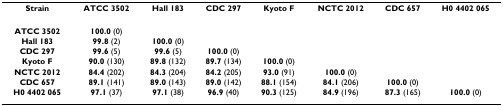
<table><thead><tr><td><b>Strain</b></td><td><b>ATCC 3502</b></td><td><b>Hall 183</b></td><td><b>CDC 297</b></td><td><b>Kyoto F</b></td><td><b>NCTC 2012</b></td><td><b>CDC 657</b></td><td><b>H0 4402 065</b></td></tr></thead><tbody><tr><td><b>ATCC 3502</b></td><td><b>100.0 </b>(0)</td><td></td><td></td><td></td><td></td><td></td><td></td></tr><tr><td><b>Hall 183</b></td><td><b>99.8 </b>(2)</td><td><b>100.0 </b>(0)</td><td></td><td></td><td></td><td></td><td></td></tr><tr><td><b>CDC 297</b></td><td><b>99.6 </b>(5)</td><td><b>99.6 </b>(5)</td><td><b>100.0 </b>(0)</td><td></td><td></td><td></td><td></td></tr><tr><td><b>Kyoto F</b></td><td><b>90.0 </b>(130)</td><td><b>89.8 </b>(132)</td><td><b>89.7 </b>(134)</td><td><b>100.0 </b>(0)</td><td></td><td></td><td></td></tr><tr><td><b>NCTC 2012</b></td><td><b>84.4 </b>(202)</td><td><b>84.3 </b>(204)</td><td><b>84.2 </b>(205)</td><td><b>93.0 </b>(91)</td><td><b>100.0 </b>(0)</td><td></td><td></td></tr><tr><td><b>CDC 657</b></td><td><b>89.1 </b>(141)</td><td><b>89.0 </b>(143)</td><td><b>89.0 </b>(142)</td><td><b>88.1 </b>(154)</td><td><b>84.1 </b>(206)</td><td><b>100.0 </b>(0)</td><td></td></tr><tr><td><b>H0 4402 065</b></td><td><b>97.1 </b>(37)</td><td><b>97.1 </b>(38)</td><td><b>96.9 </b>(40)</td><td><b>90.3 </b>(125)</td><td><b>84.9 </b>(196)</td><td><b>87.3 </b>(165)</td><td><b>100.0 </b>(0)</td></tr></tbody></table>